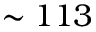
\sim 1 1 3